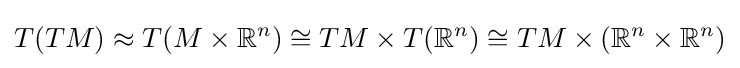
T(TM)\approx T(M\times \mathbb {R} ^{n})\cong TM\times T(\mathbb {R} ^{n})\cong TM\times (\mathbb {R} ^{n}\times \mathbb {R} ^{n})